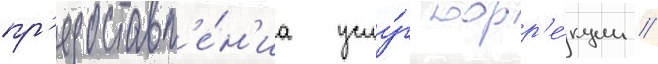
пр'едоставл'е́н'иа услу́г корр'е́кции //